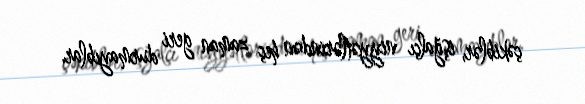
çəkiblər, işğalçı niyyətlərindən heç zaman geri durmayıblar.